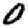
Digit: 0